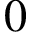
0